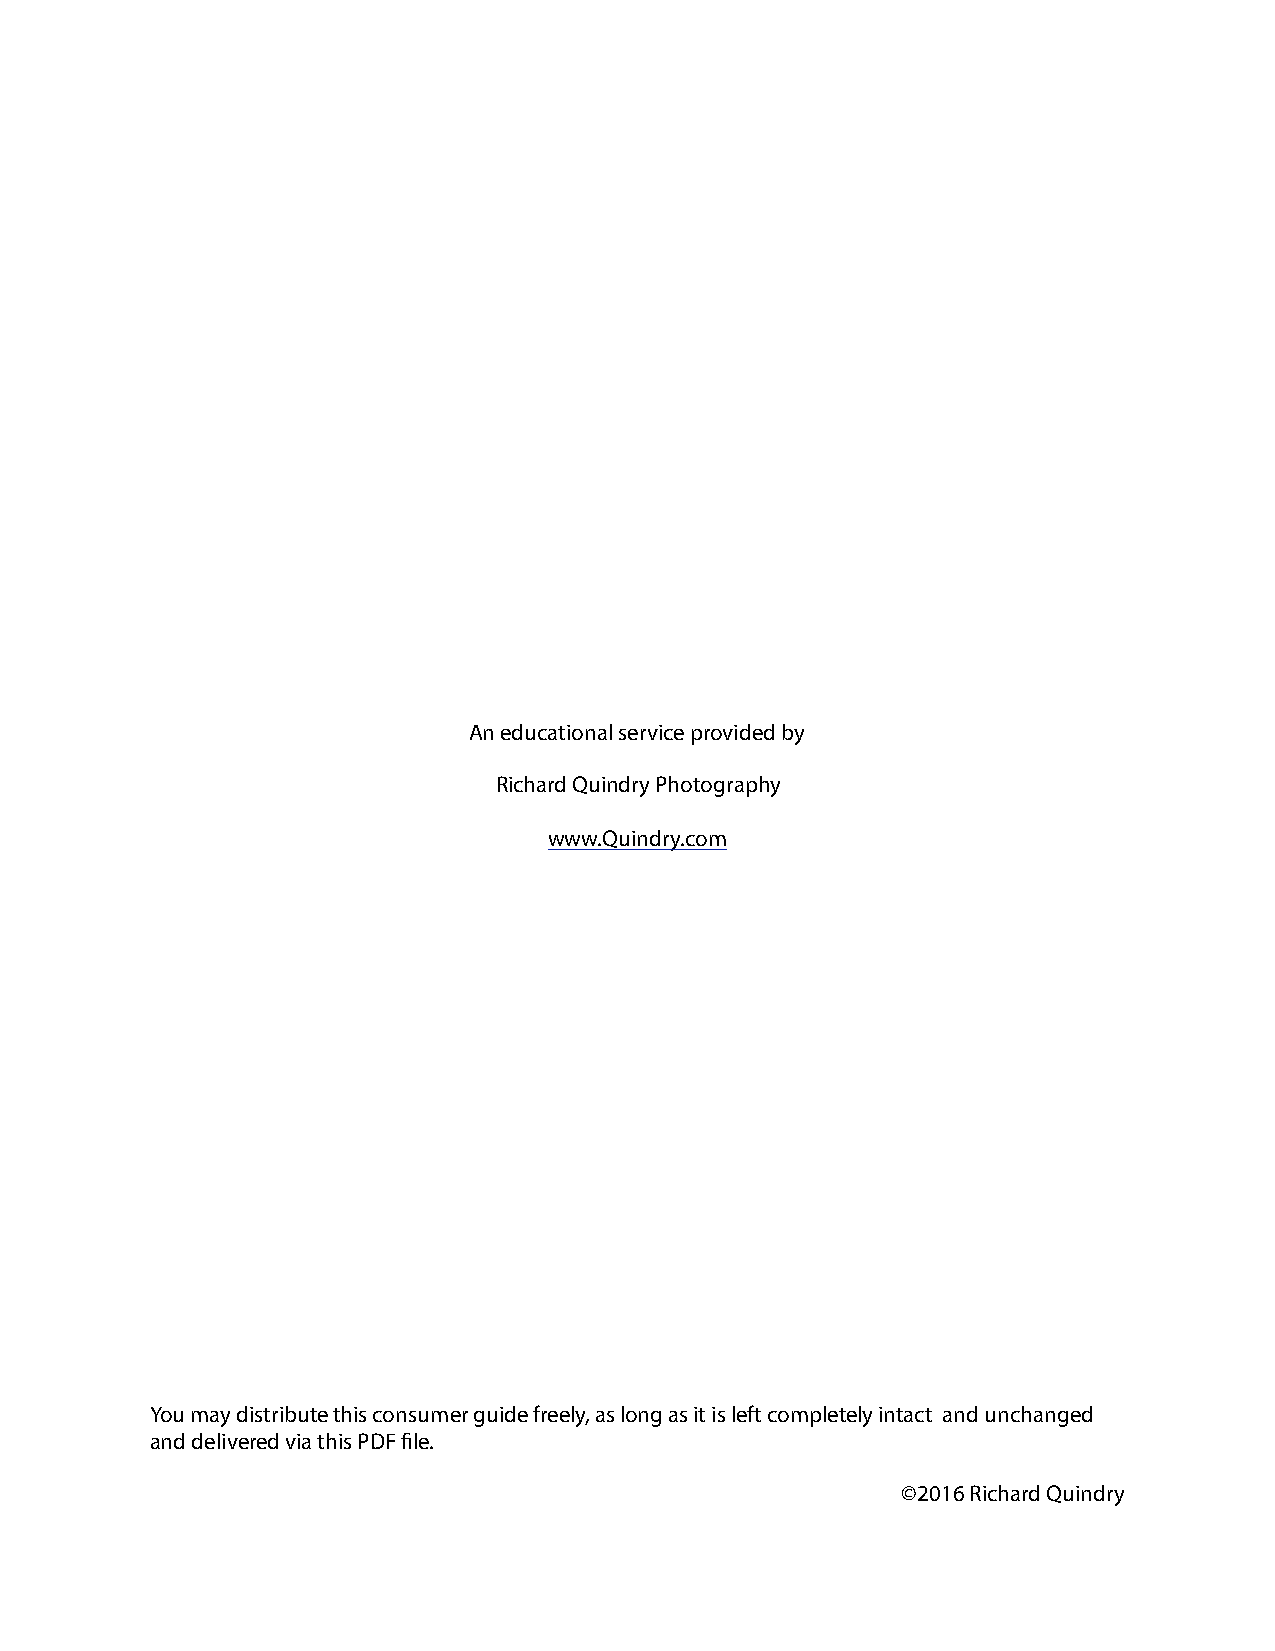
An educational service provided by
 Richard Quindry Photography
 www.Quindry.com
 You may distribute this consumer guide freely, as long as it is left completely intact and unchanged
 and delivered via this PDF file.
 ©2016 Richard Quindry